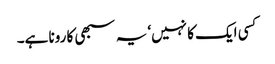
کسی ایک کا نہیں‘ یہ سبھی کا رونا ہے۔